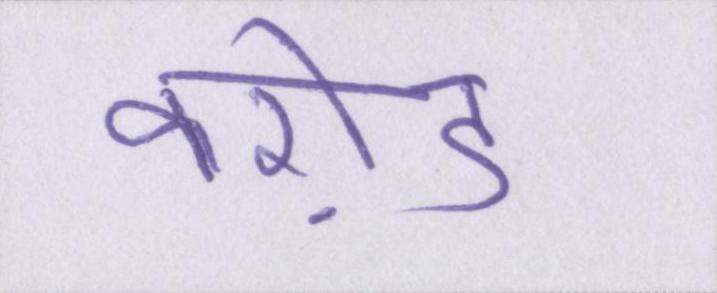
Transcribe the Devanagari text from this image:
करो़ड